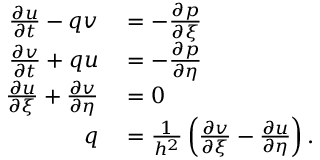
\begin{array} { r l } { \frac { \partial u } { \partial t } - q v } & { { } = - \frac { \partial p } { \partial \xi } } \\ { \frac { \partial v } { \partial t } + q u } & { { } = - \frac { \partial p } { \partial \eta } } \\ { \frac { \partial u } { \partial \xi } + \frac { \partial v } { \partial \eta } } & { { } = 0 } \\ { q } & { { } = \frac { 1 } { h ^ { 2 } } \left( \frac { \partial v } { \partial \xi } - \frac { \partial u } { \partial \eta } \right) . } \end{array}